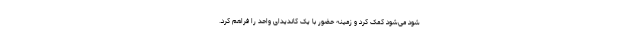
شود می‌شود کمک کرد و زمینه حضور با یک کاندیدای واحد را فراهم کرد.